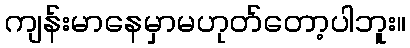
ကျန်းမာနေမှာမဟုတ်တော့ပါဘူး။